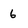
Character: 6